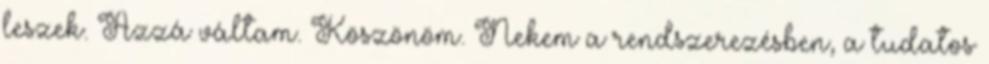
leszek. Azzá váltam. Köszönöm. Nekem a rendszerezésben, a tudatos